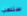
سنلعب